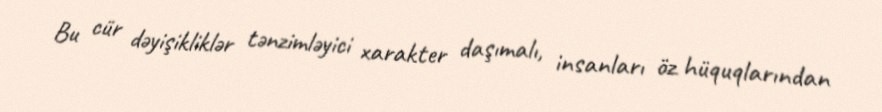
Bu cür dəyişikliklər tənzimləyici xarakter daşımalı, insanları öz hüquqlarından